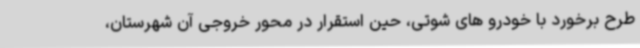
طرح برخورد با خودرو های شوتی، حین استقرار در محور خروجی آن شهرستان،